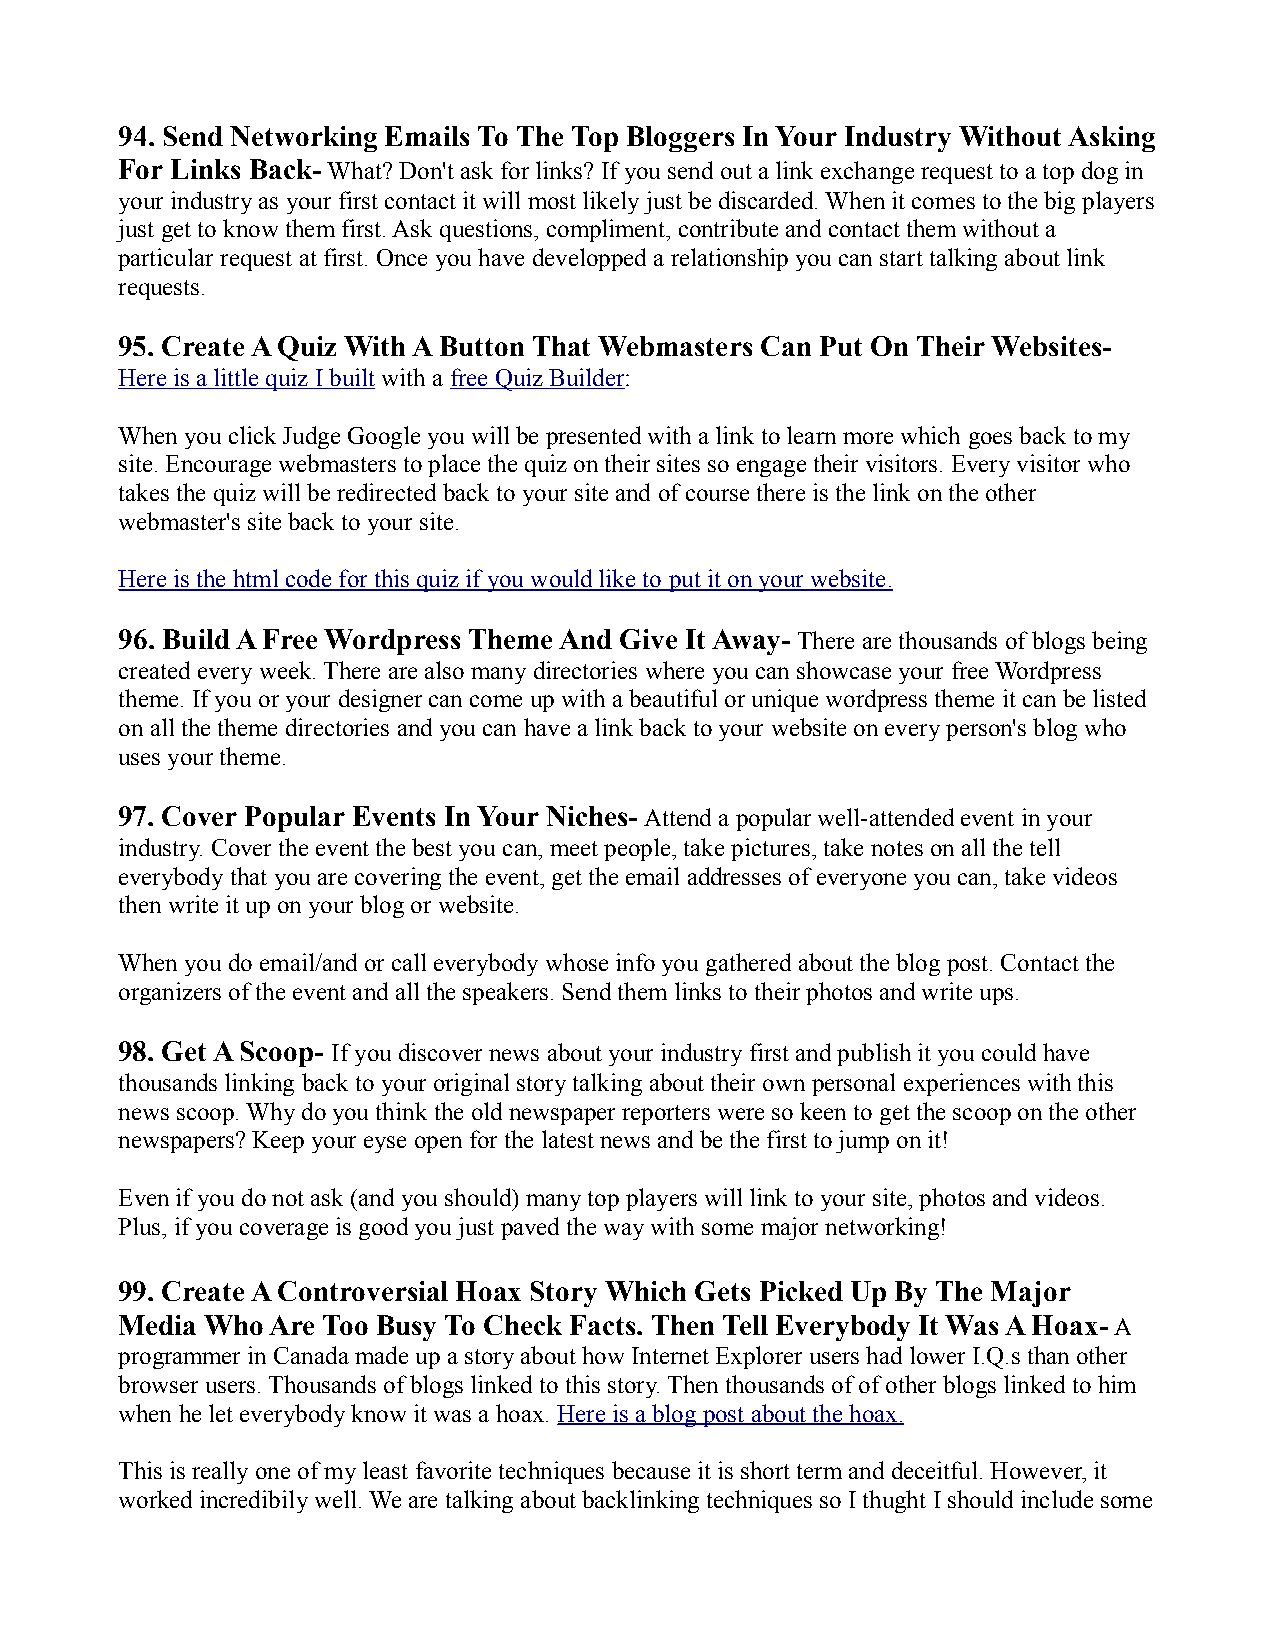
94. Send Networking Emails To The Top Bloggers In Your Industry Without Asking
 For Links Back- What? Don't ask for links? If you send out a link exchange request to a top dog in
 your industry as your first contact it will most likely just be discarded. When it comes to the big players
 just get to know them first. Ask questions, compliment, contribute and contact them without a
 particular request at first. Once you have developped a relationship you can start talking about link
 requests.
 95. Create A Quiz With A Button That Webmasters Can Put On Their Websites-
 Here is a little quiz I built with a free Quiz Builder:
 When you click Judge Google you will be presented with a link to learn more which goes back to my
 site. Encourage webmasters to place the quiz on their sites so engage their visitors. Every visitor who
 takes the quiz will be redirected back to your site and of course there is the link on the other
 webmaster's site back to your site.
 Here is the html code for this quiz if you would like to put it on your website.
 96. Build A Free Wordpress Theme And Give It Away- There are thousands of blogs being
 created every week. There are also many directories where you can showcase your free Wordpress
 theme. If you or your designer can come up with a beautiful or unique wordpress theme it can be listed
 on all the theme directories and you can have a link back to your website on every person's blog who
 uses your theme.
 97. Cover Popular Events In Your Niches- Attend a popular well-attended event in your
 industry. Cover the event the best you can, meet people, take pictures, take notes on all the tell
 everybody that you are covering the event, get the email addresses of everyone you can, take videos
 then write it up on your blog or website.
 When you do email/and or call everybody whose info you gathered about the blog post. Contact the
 organizers of the event and all the speakers. Send them links to their photos and write ups.
 98. Get A Scoop- If you discover news about your industry first and publish it you could have
 thousands linking back to your original story talking about their own personal experiences with this
 news scoop. Why do you think the old newspaper reporters were so keen to get the scoop on the other
 newspapers? Keep your eyse open for the latest news and be the first to jump on it!
 Even if you do not ask (and you should) many top players will link to your site, photos and videos.
 Plus, if you coverage is good you just paved the way with some major networking!
 99. Create A Controversial Hoax Story Which Gets Picked Up By The Major
 Media Who Are Too Busy To Check Facts. Then Tell Everybody It Was A Hoax- A
 programmer in Canada made up a story about how Internet Explorer users had lower I.Q.s than other
 browser users. Thousands of blogs linked to this story. Then thousands of of other blogs linked to him
 when he let everybody know it was a hoax. Here is a blog post about the hoax.
 This is really one of my least favorite techniques because it is short term and deceitful. However, it
 worked incredibily well. We are talking about backlinking techniques so I thught I should include some